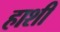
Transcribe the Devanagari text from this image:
हाशी